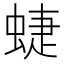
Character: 蜨